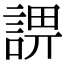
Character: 𧨬